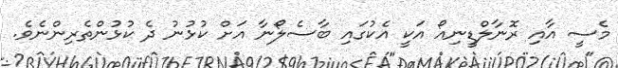
މެސީ އާއި ރޮނާލްޑީނިއޯ އަކީ އެކުގައި ބާސެލޯނާ އަށް ކުޅުނު ދެ ކުޅުންތެރިންނެވެ.